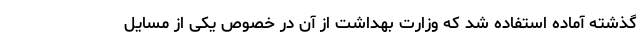
گذشته آماده استفاده شد که وزارت بهداشت از آن در خصوص یکی از مسایل